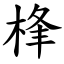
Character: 桻